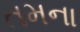
તમના